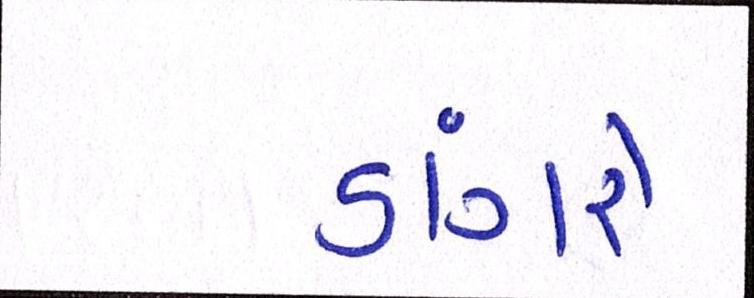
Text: ડાંગરે